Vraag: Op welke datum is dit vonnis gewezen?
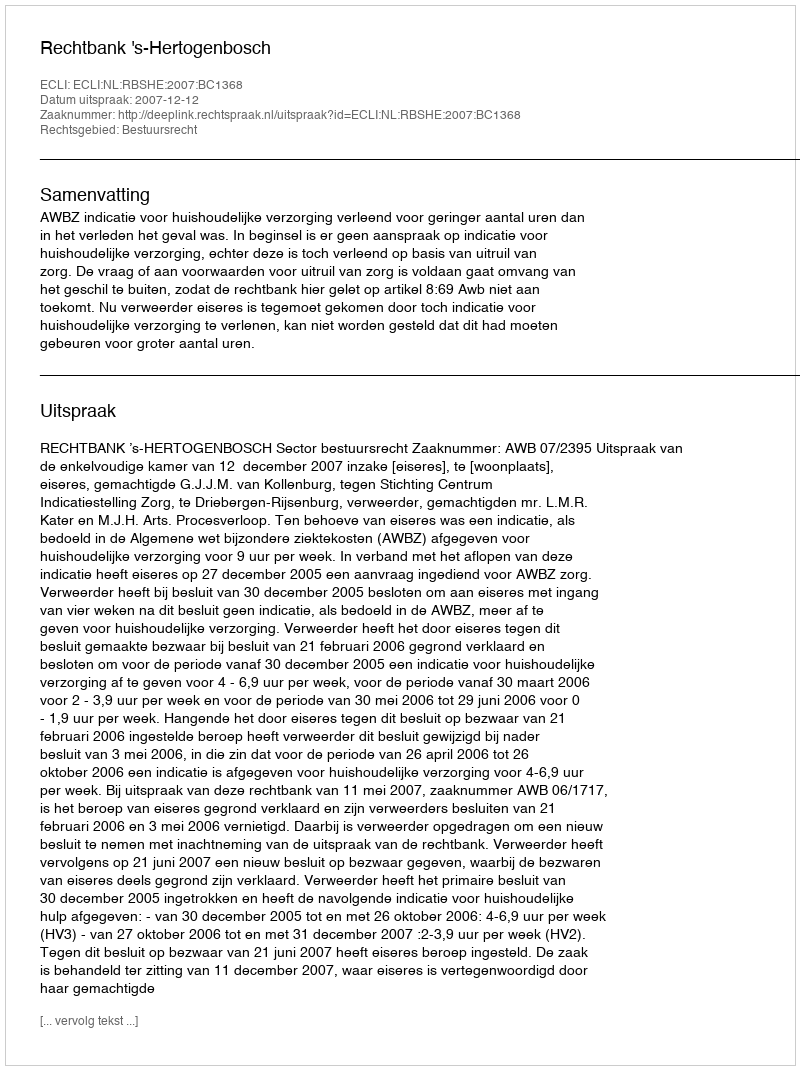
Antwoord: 2007-12-12